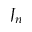
J _ { n }